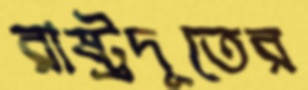
রাষ্ট্রদূতের